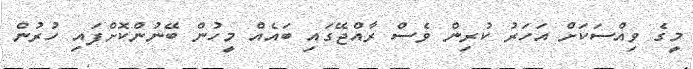
މީގެ ވިއްސަކަަށް އަހަރު ކުރިން ވެސް ރާއްޖޭގައި ބައެއް މީހުން ބޭނުންކޮށްފައި ހުރުން